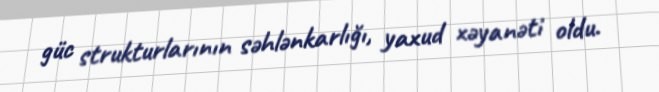
güc strukturlarının səhlənkarlığı, yaxud xəyanəti oldu.